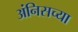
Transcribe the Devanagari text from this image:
अंनिसच्या